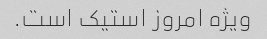
ویژه امروز استیک است.